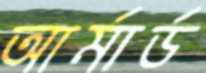
আর্মার্ড